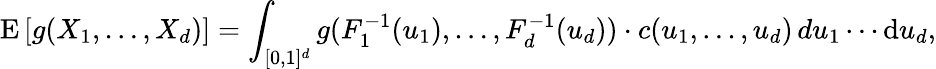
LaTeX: \operatorname{E}\left[g(X_{1},\dots,X_{d})\right]=\int_{[0,1]^{d}}g(F_{1}^{-1}(u_{1}),\dots,F_{d}^{-1}(u_{d}))\cdot c(u_{1},\dots,u_{d})\, du_{1}\cdots\mathrm{d}u_{d},